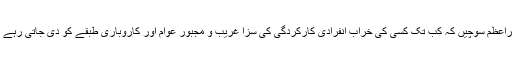
وزیراعظم سوچیں کہ کب تک کسی کی خراب انفرادی کارکردگی کی سزا غریب و مجبور عوام اور کاروباری طبقے کو دی جاتی رہے گی؟